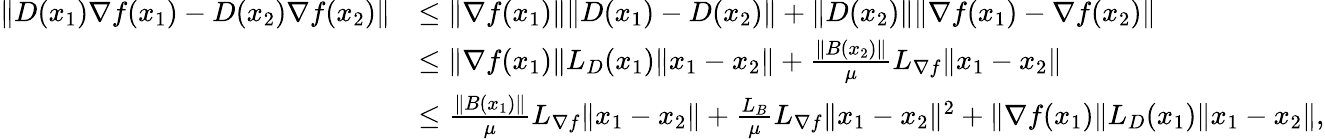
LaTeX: \begin{array}{rl}{\| D(x_{1})\nabla f(x_{1})-D(x_{2})\nabla f(x_{2})\| }&{\leq\| \nabla f(x_{1})\| \| D(x_{1})-D(x_{2})\| +\| D(x_{2})\| \| \nabla f(x_{1})-\nabla f(x_{2})\| }\\ &{\leq\| \nabla f(x_{1})\| L_{D}(x_{1})\| x_{1}-x_{2}\| +\frac{\| B(x_{2})\| }{\mu}L_{\nabla f}\| x_{1}-x_{2}\| }\\ &{\leq\frac{\| B(x_{1})\| }{\mu}L_{\nabla f}\| x_{1}-x_{2}\| +\frac{L_{B}}{\mu}L_{\nabla f}\| x_{1}-x_{2}\| ^{2}+\| \nabla f(x_{1})\| L_{D}(x_{1})\| x_{1}-x_{2}\| ,}\end{array}